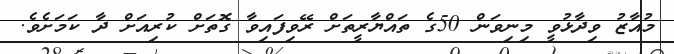
މުއާޒު ވިދާޅުވީ މިނިވަން 50ގެ ތައްޔާރީތަށް ރޭވިފައިވާ ގޮތަށް ކުރިއަށް ދާ ކަމަށެވެ.